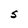
Character: S